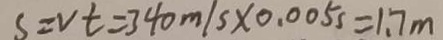
S = v t = 3 4 0 m / s \times 0 . 0 0 5 s = 1 . 7 m